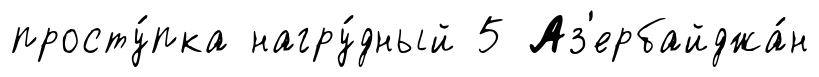
просту́пка нагру́дный 5 Аз'ербайджа́н